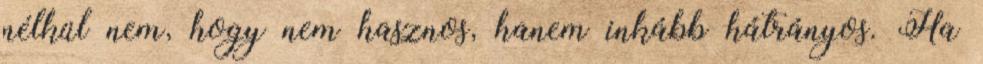
nélkül nem, hogy nem hasznos, hanem inkább hátrányos. Ha